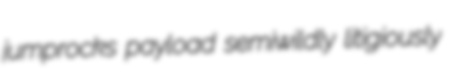
jumprocks payload semiwildly litigiously